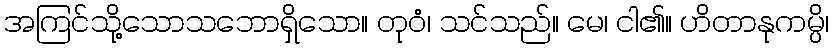
အကြင်သို့သောသဘောရှိသော။ တုဝံ၊ သင်သည်။ မေ၊ ငါ၏။ ဟိတာနုကမ္ပိ၊